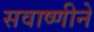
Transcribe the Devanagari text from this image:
सवाष्णीने